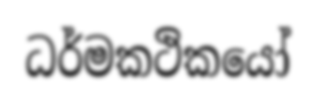
ධර්මකථිකයෝ